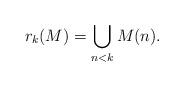
LaTeX: \begin{align*}r_k(M)=\bigcup_{n<k}M(n).\end{align*}